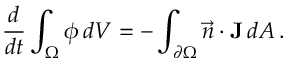
\frac { d } { d t } \int _ { \Omega } \phi \, d V = - \int _ { \partial \Omega } \vec { n } \cdot \mathbf { J } \, d A \, .